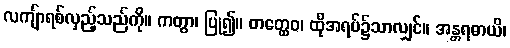
လကျ်ာရစ်လှည့်သည်ကို။ ကတွာ၊ ပြု၍။ တတ္ထေဝ၊ ထိုအရပ်၌သာလျှင်။ အန္တရဓာယိ၊